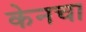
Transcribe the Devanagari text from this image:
केनचा